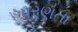
પરણતા